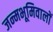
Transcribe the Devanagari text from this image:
जन्मभूमिवालों